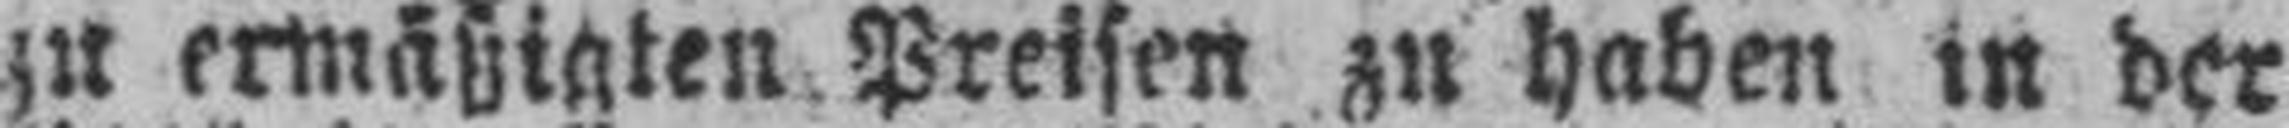
zu ermäßigten Preisen zu haben in der